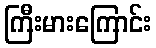
ကြီးမားကြောင်း